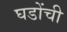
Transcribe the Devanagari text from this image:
घडोंची